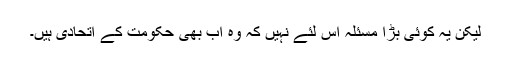
لیکن یہ کوئی بڑا مسئلہ اس لئے نہیں کہ وہ اب بھی حکومت کے اتحادی ہیں۔